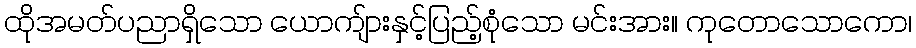
ထိုအမတ်ပညာရှိသော ယောကျ်ားနှင့်ပြည့်စုံသော မင်းအား။ ကုတောသောကော၊